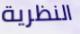
النظرية